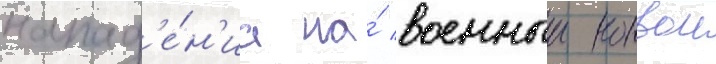
напад'е́н'иа на́ военныи конвои